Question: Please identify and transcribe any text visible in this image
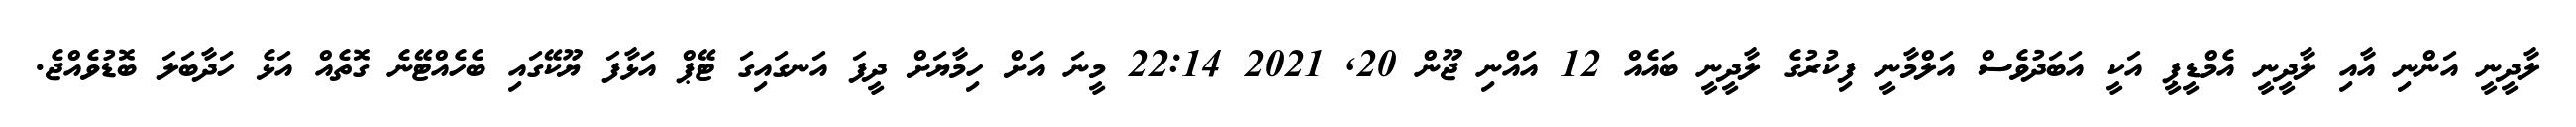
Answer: ލާދީނީ އަންނި އާއި ލާދީނީ އެމްޑީޕީ އަކީ އަބަދުވެސް އަލްމާނީ ފިކުރުގެ ލާދީނީ ބައެއް 12 އައްނި ޖޫން 20, 2021 22:14 މީނަ އަށް ހިމާޔަށް ދީފަ އަނގައިގަ ޓޭޕް އަޅާފަ ޔޫކޭގައި ބެހެއްޓޭނެ ގޮތެއް އަޅެ ހަދާބަލަ ބޮޑުވެއްޖެ.